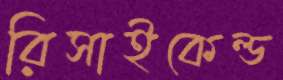
রিসাইকেল্ড